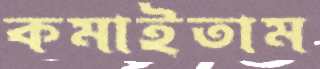
কমাইতাম